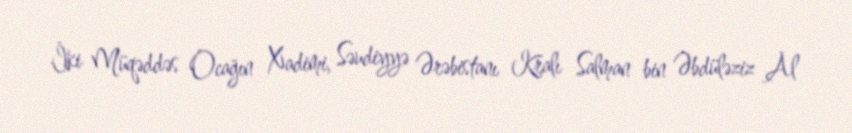
İki Müqəddəs Ocağın Xadimi, Səudiyyə Ərəbistanı Kralı Salman bin Əbdüləziz Al